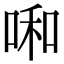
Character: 啝